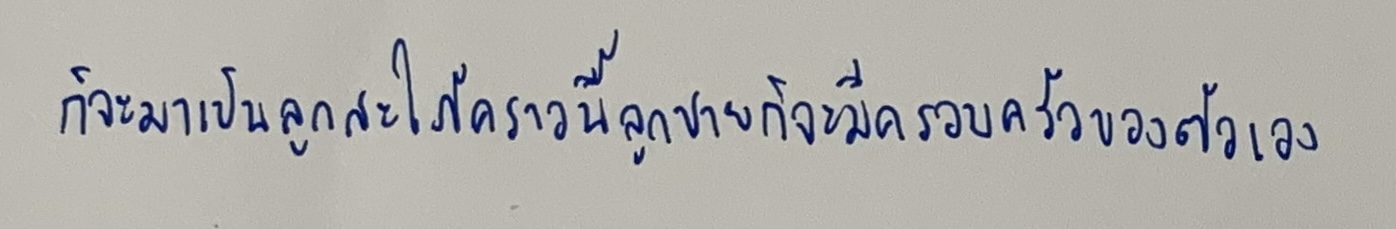
ก็จะมาเป็นลูกสะใภ้คราวนี้ลูกชายก็จะมีครอบครัวของตัวเอง